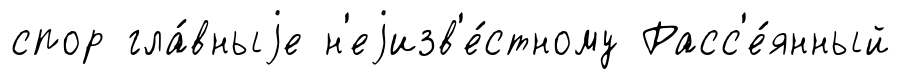
спор гла́вныjе н'еjизв'е́стному Расс'е́янный